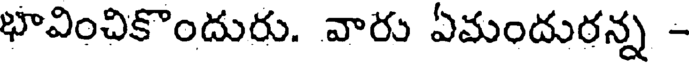
భావించికొందురు. వారు ఏమందురన్న -